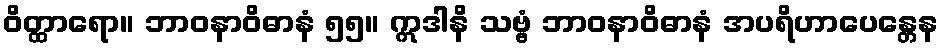
ဝိတ္ထာရော။ ဘာဝနာဝိဓာနံ ၅၅။ ဣဒါနိ သဗ္ဗံ ဘာဝနာဝိဓာနံ အပရိဟာပေန္တေန